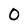
Character: 0